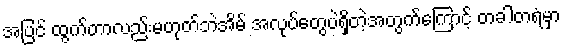
အပြင် ထွက်တာလည်းမဟုတ်ဘဲအိမ် အလုပ်တွေပဲရှိတဲ့အတွက်ကြောင့် တခါတရံမှာ